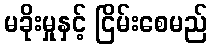
မခိုးမှုနှင့် ငြိမ်းစေမည်